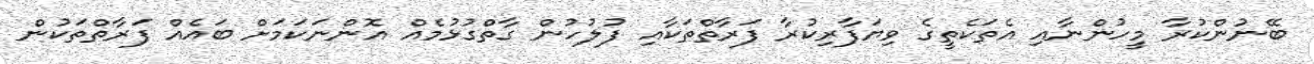
ބޭނުންކުރާ މީހުންނާއި އެތަކެތީގެ ވިޔަފާރިކުރާ ފަރާތްތަކާއި ފުލުހުން ގާތްގުޅުމެއް އޮންނަކަމަށް ބައެއް ފަރާތްތަކުން